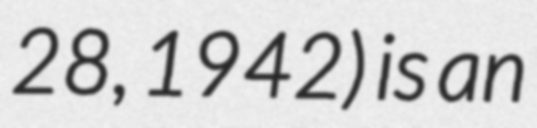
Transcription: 28, 1942) is an